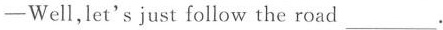
——Well，let's just follow the road ___.